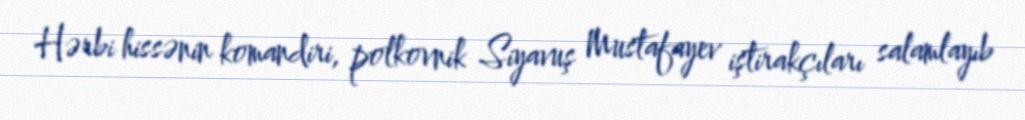
Hərbi hissənin komandiri, polkovnik Siyavuş Mustafayev iştirakçıları salamlayıb